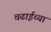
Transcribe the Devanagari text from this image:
चढाईच्या